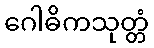
ဂေါဓိကသုတ္တံ